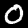
Label: 0